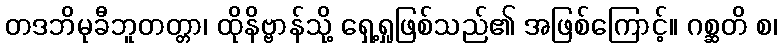
တဒဘိမုခီဘူတတ္တာ၊ ထိုနိဗ္ဗာန်သို့ ရှေ့ရှုဖြစ်သည်၏ အဖြစ်ကြောင့်။ ဂစ္ဆတိ စ၊